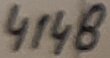
Text: 4148